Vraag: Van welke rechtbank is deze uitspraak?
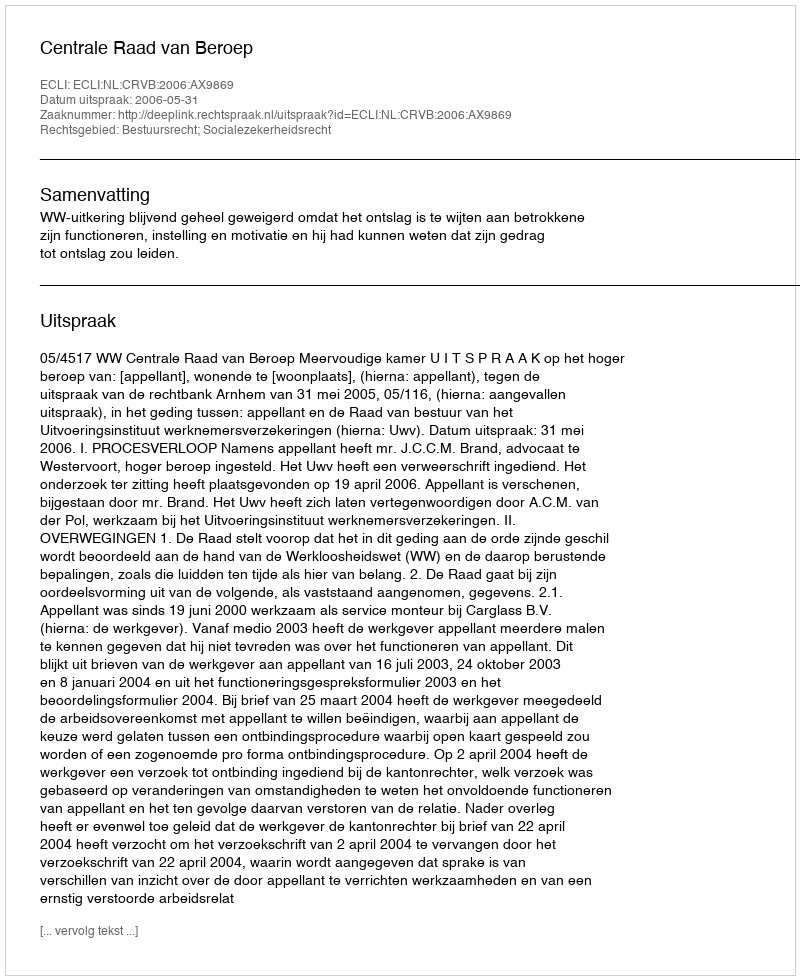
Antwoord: Centrale Raad van Beroep